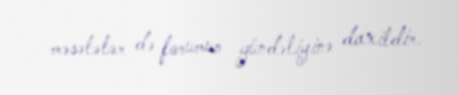
məsələlər də forumun gündəliyinə daxildir.